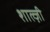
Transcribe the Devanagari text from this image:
शाल्ज़ी